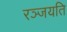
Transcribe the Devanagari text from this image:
रञ्जयति